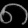
Digit: ၈